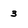
Character: 3